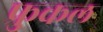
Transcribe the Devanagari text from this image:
फ्रुकल